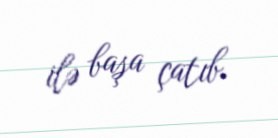
ilə başa çatıb.